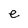
Character: e